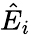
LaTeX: {\hat{E}}_{i}